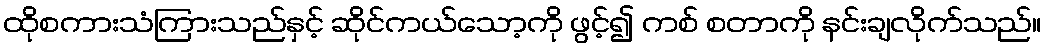
ထိုစကားသံကြားသည်နှင့် ဆိုင်ကယ်သော့ကို ဖွင့်၍ ကစ် စတာကို နင်းချလိုက်သည်။